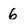
Character: 6